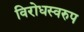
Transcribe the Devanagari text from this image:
विरोधस्वरुप